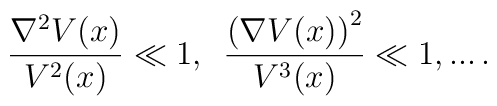
\frac{\nabla ^{2}V(x)}{V^{2}(x)}\ll 1,\,\,\,    \frac{\left( \nabla V(x)\right) ^{2}}    {V^{3}(x)}\ll 1,...\, .